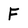
Character: F